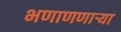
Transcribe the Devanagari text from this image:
भणाणणार्‍या